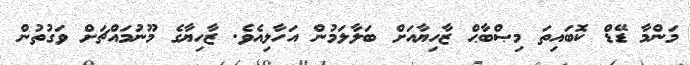
މަންމާ ޑޭޑް ކޮބައިތަ މިޞްބާޙް ޒާހިޔާއަށް ބަލާލަމުން އަހާލިއެވެ. ޒާހިޔާގެ މޫނުމައްޗަށް ވަގުތުން